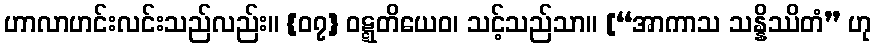
ဟာလာဟင်းလင်းသည်လည်း။ {၀၇} ဝဋ္ဋတိယေဝ၊ သင့်သည်သာ။ [“အာကာသ သန္နိဿိတံ” ဟု